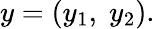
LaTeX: y=(y_{1},\; y_{2}).